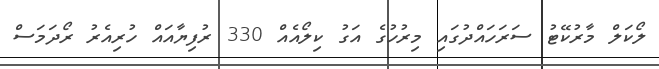
ލޯކަލް މާރުކޭޓު ސަރަހައްދުގައި މިރުހުގެ އަގު ކިލޯއެއް 330 ރުފިޔާއައް ހުރިއެރު ރޯދަމަސް